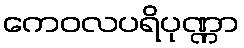
ကေဝလပရိပုဏ္ဏာ